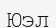
Юэл